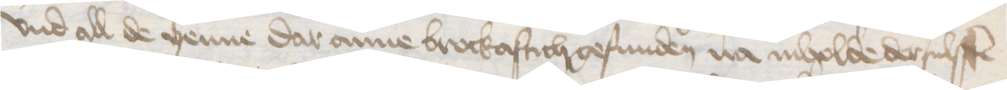
vnd all de yenne dar anne brockaftich gefunden na inholde dersulffen